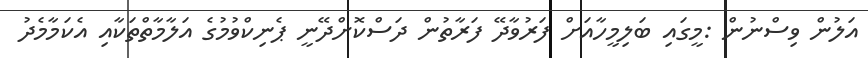
އަލުން ވިސްނުން :މީގައި ބަލިމީހާއަށް ފަރުވާދޭ ފަރާތުން ދަސްކޮށްދޭނީ ޕެނިކްވުމުގެ އަލާމާތްތަކާއި އެކަމާމެދު